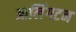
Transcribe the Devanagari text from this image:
आलिंगटन